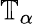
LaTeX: \mathbb{T}_{\alpha}